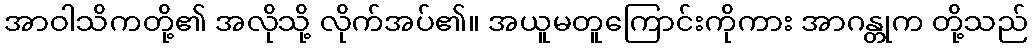
အာဝါသိကတို့၏ အလိုသို့ လိုက်အပ်၏။ အယူမတူကြောင်းကိုကား အာဂန္တုက တို့သည်